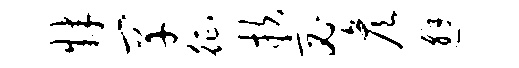
肄罕征扶宓彦邂